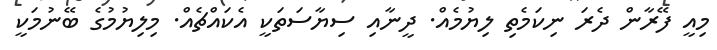
މިއީ ފޭރާން ދެރަ ނިކަމެތި ލިޔުމެއް. ދީނާއި ސިޔާސަތަކީ އެކައްޗެއް. މިލިޔުމުގެ ބޭނުމަކީ